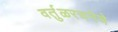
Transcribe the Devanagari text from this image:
वर्तुळरचनेचे